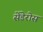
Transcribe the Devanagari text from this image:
सेंडेरोस